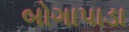
બોગાપાડા